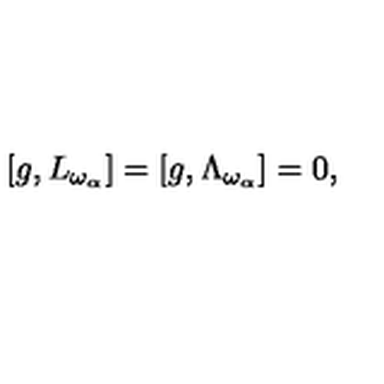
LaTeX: [ g , L _ { \omega _ { \alpha } } ] = [ g , \Lambda _ { \omega _ { \alpha } } ] = 0 ,